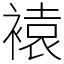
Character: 褤